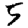
Digit: 5